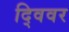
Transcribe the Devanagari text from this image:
द्विवर